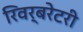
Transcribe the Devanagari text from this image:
रिवर्बरेटरी